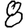
Digit: 8